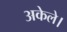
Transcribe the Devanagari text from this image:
अकेले।